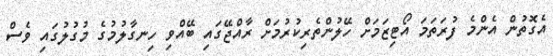
އެގޮތުން އެންމެ ފުރަތަމަ އޯޓިޒަމަށް ހޭލުންތެރިކުރުމަށް ރާއްޖޭގައި ބޭއްވި ހިނގާލުމުގެ މުގުލުގައި ވެސް